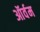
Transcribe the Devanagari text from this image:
ऑर्वम